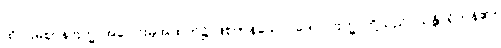
ထိုပဌမဈာန်ဗြဟ္မာအပေါင်းမှအထက်၌ ဖြစ်ကုန်သော။ ဒေဝါ၊ ဗြဟ္မာတို့သည်။ သန္တိ၊ ရှိကုန်၏။